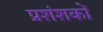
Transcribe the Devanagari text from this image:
प्रशंशकों